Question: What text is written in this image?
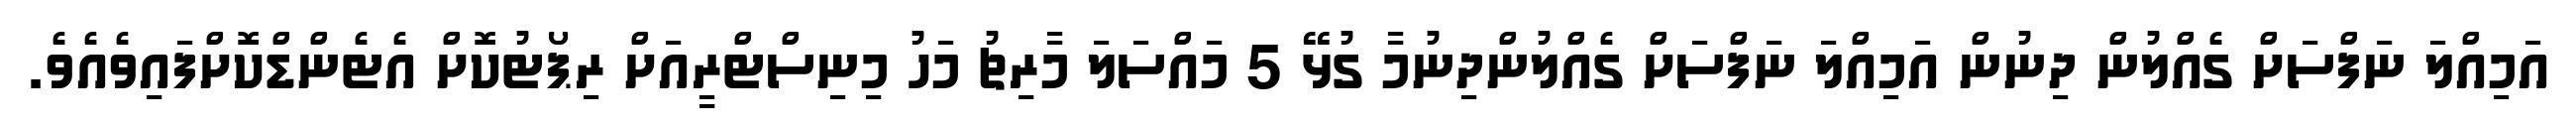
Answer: އަމިއްލަ ނަފްސަށް ގެއްލުން ދިނުން އަމިއްލަ ނަފްސަށް ގެއްލުންދިނުމާ ގުޅޭ 5 މައްސަލަ މާރިޗު މަހު މިނިސްޓްރީއަށް ރިޕޯޓުކޮށް އެޓެންޑްކޮށްފައިވެއެވެ.